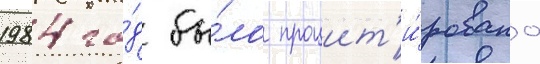
1984 го́д бы́ло процит'и́ровано